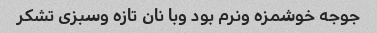
جوجه خوشمزه ونرم بود وبا نان تازه وسبزی تشکر